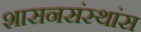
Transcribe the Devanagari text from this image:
शासनसंस्थांस